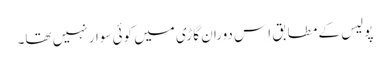
پولیس کے مطابق اِس دوران گاڑی میں کوئی سوار نہیں تھا۔